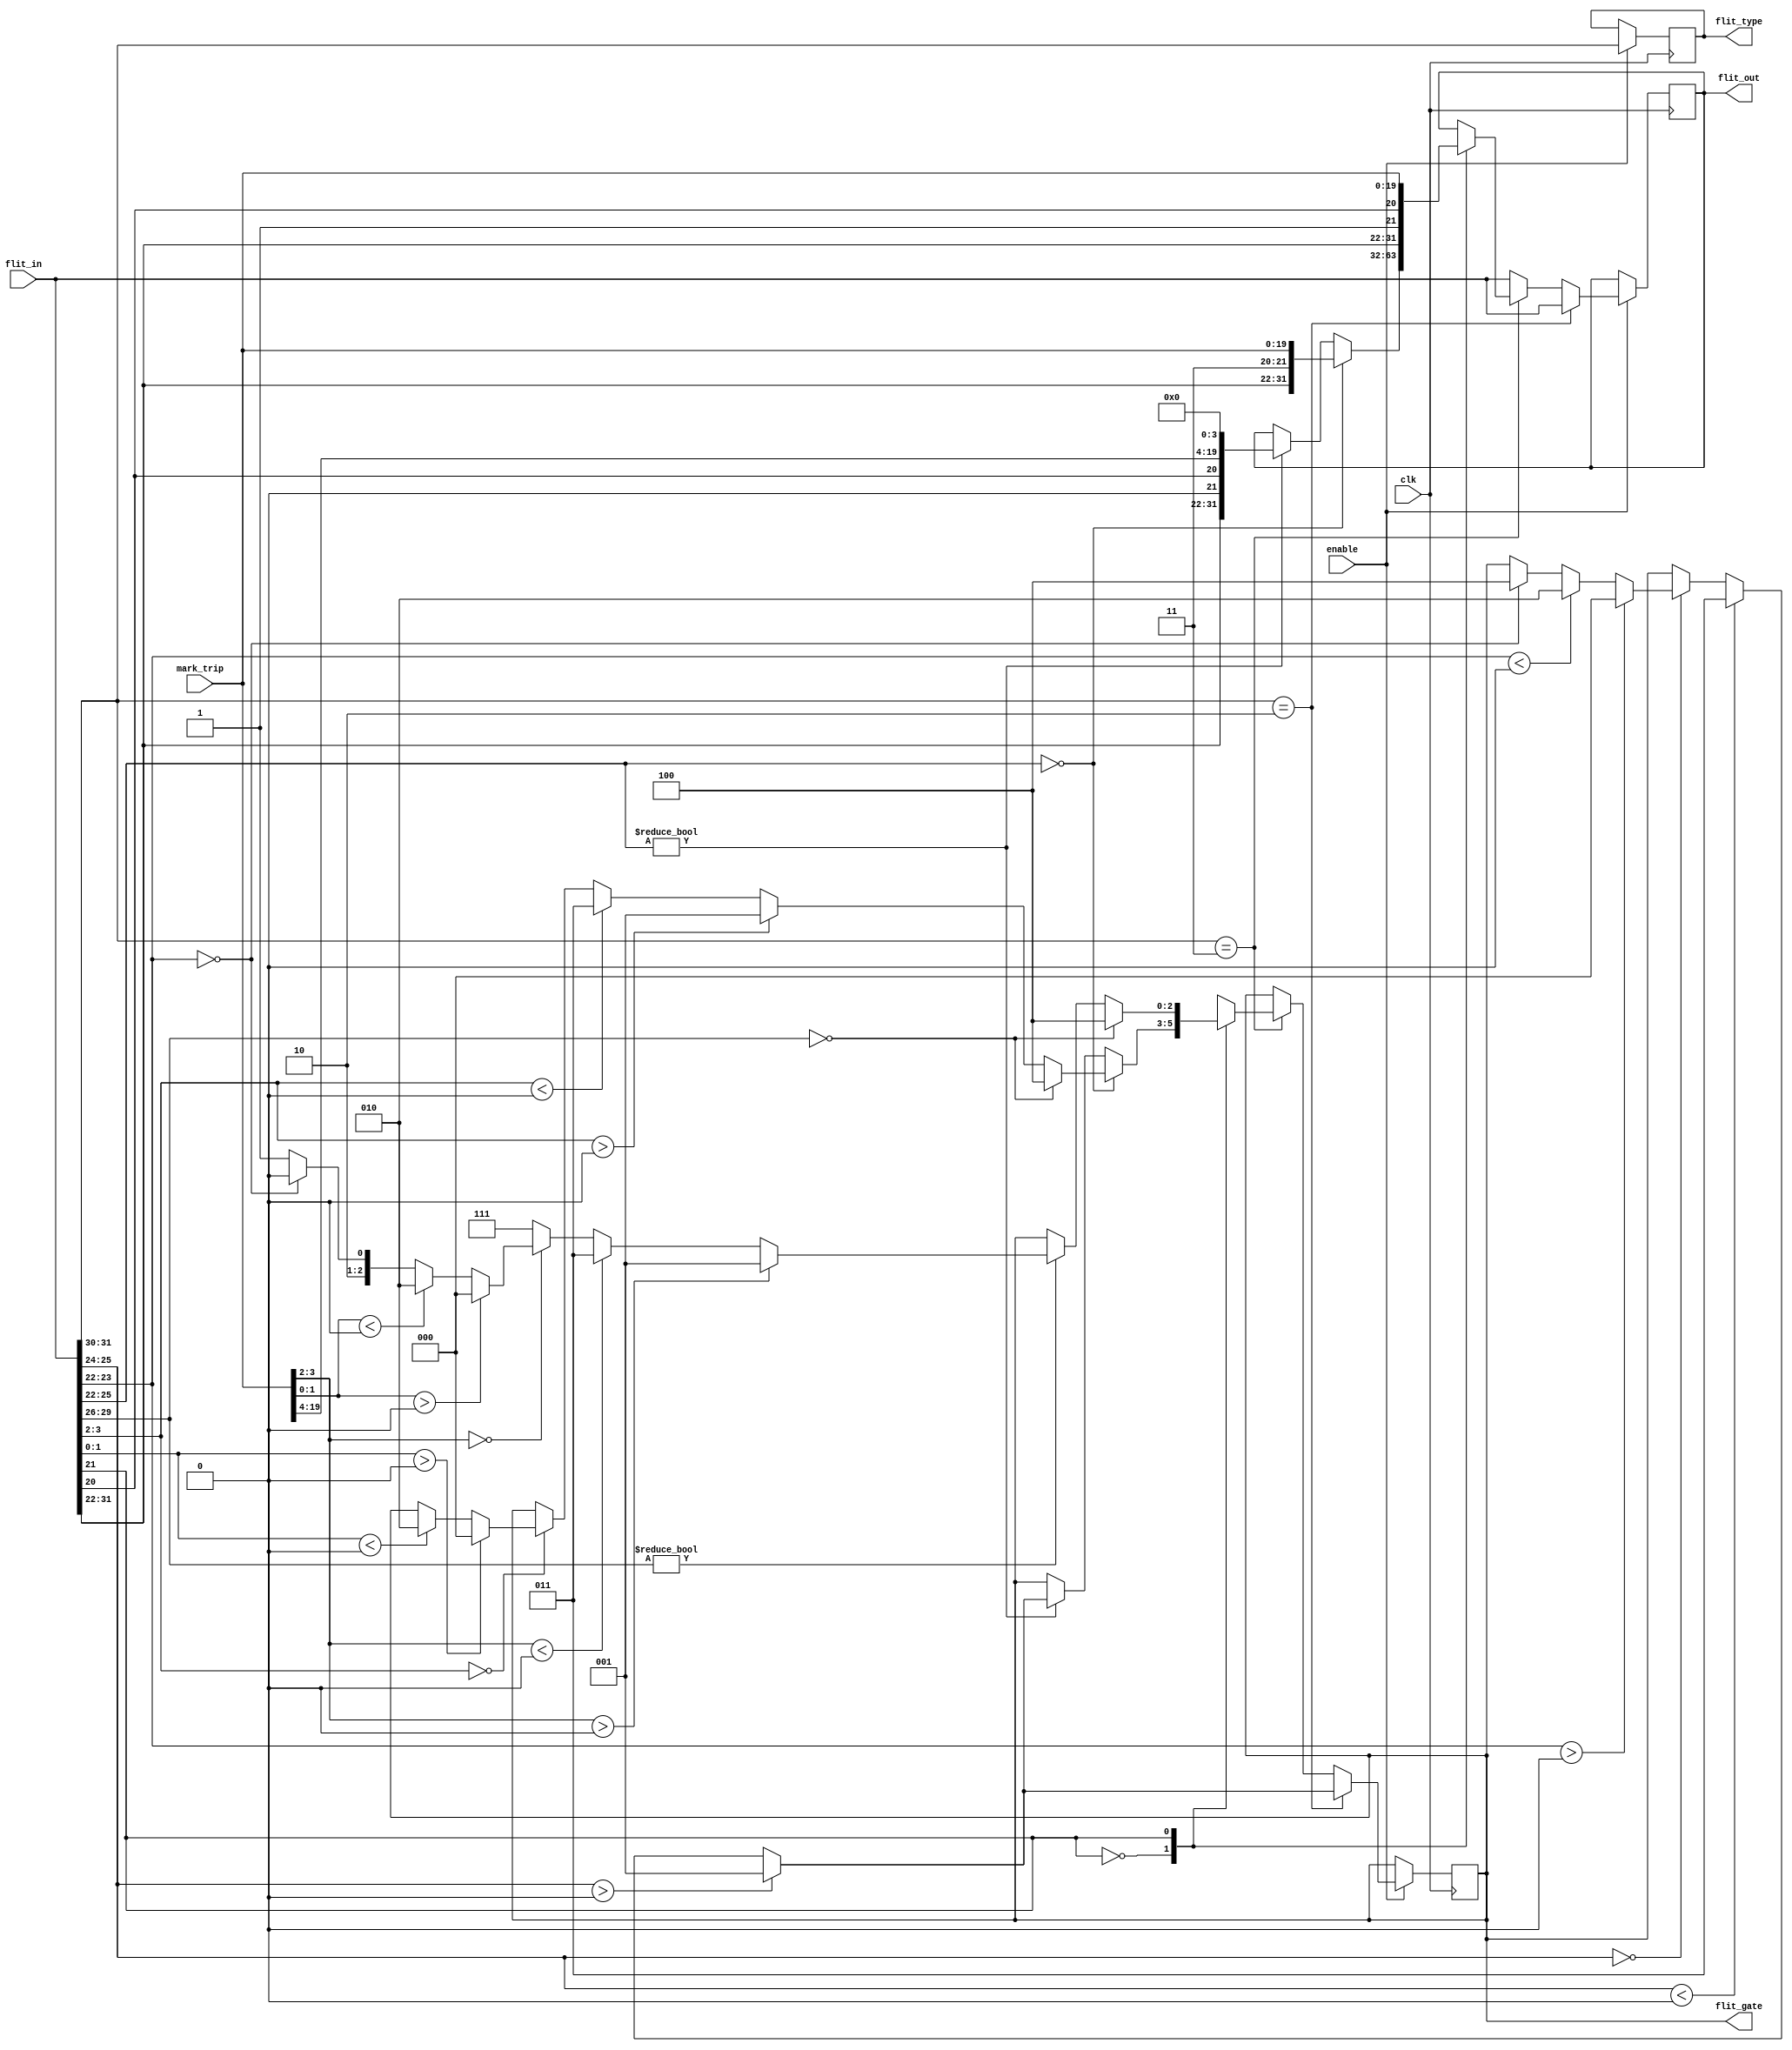

module Route #(parameter addr=4'b0000) (clk, enable, flit_in, mark_trip, flit_out, flit_gate,flit_type );

input clk;
input enable;
input [31:0]flit_in;
input [19:0] mark_trip;
output reg[31:0] flit_out;
output reg [2:0] flit_gate;
output reg [1:0] flit_type;
reg [1:0]  Cx, Cy;
always @(posedge clk) begin
    if(enable) begin
     Cx=addr[3:2];
     Cy=addr[1:0];
     //
     flit_type <= flit_in[31:30];
     if(flit_in[31:30] == 2'b10) begin        //FLIT HEADER
            flit_out = flit_in;
            if (flit_in[25:24] > Cx)  // EAST
                flit_gate <= 3'b001;
            else if (flit_in[25:24] < Cx) // WEST
                flit_gate <= 3'b011;
            else if (flit_in[25:24]==Cx)begin
                if( flit_in[23:22]> Cy)     // NORTH
                    flit_gate <= 3'b000;
                else if (flit_in[23:22] < Cy) //SOUTH
                    flit_gate <= 3'b010;
                else if (flit_in[23:22]== Cy)  //PE
                    flit_gate <= 3'b100;               
            end
     end
     else if (flit_in[31:30] == 2'b11) begin     //FLIT HANDSHAKE
            //
            //type of handshake
           case(flit_in[21])
            1'b0: begin
    
                if(flit_in[25:22]==addr) begin        
                   flit_out <= {flit_in[31:22],1'b1,1'b1, mark_trip};
                   if(flit_in[29:26]== addr)
                        flit_gate <= 3'b100;
                   else begin
                       if (flit_in[3:2] > Cx) // EAST  
                            flit_gate <= 3'b001;  
                       else if (flit_in[3:2]< Cx) // WEST
                            flit_gate <= 3'b011;
                       else if (flit_in[3:2]==Cx)begin
                            if( flit_in[1:0]> Cy)     // NORTH
                                flit_gate <= 3'b000;
                            else if (flit_in[1:0]< Cy) //SOUTH
                                flit_gate <= 3'b010;                                           
                       end 
                    end
                   end     
                    //not dest
                else if(flit_in[25:22]!=addr)begin
                    flit_out <= {flit_in[31:20], mark_trip[19:4], addr};
                    if (flit_in[25:24] > Cx) // EAST  
                        flit_gate <= 3'b001;  
                    else if (flit_in[25:24] < Cx) // WEST
                        flit_gate <= 3'b011;
                    else if (flit_in[25:24]==Cx)begin
                        if( flit_in[23:22]> Cy)     // NORTH
                            flit_gate <= 3'b000;
                        else if (flit_in[23:22] < Cy) //SOUTH
                            flit_gate <= 3'b010;      
                         else if (flit_in[23:22]== Cy)  //PE
                        flit_gate <= 3'b100;                    
                    end
                end
            end
            1'b1: begin
                //source     
                flit_out <= {flit_in[31:20], mark_trip};
                if(flit_in[29:26]==addr) begin        
                    flit_gate =3'b100;
                end
                //not source
                else if(flit_in[29:26]!=addr)begin
                    if (mark_trip[3:2] > Cx) // EAST  
                        flit_gate <= 3'b001;  
                    else if (mark_trip[3:2]< Cx) // WEST
                        flit_gate <= 3'b011;
                    else if (mark_trip[3:2]==Cx)begin
                        if( mark_trip[1:0]> Cy)     // NORTH
                            flit_gate <= 3'b000;
                        else if (mark_trip[1:0]< Cy) //SOUTH
                            flit_gate <= 3'b010; 
                        else if (flit_in[23:22]== Cy)  //PE
                            flit_gate <= 3'b100;    
                        else 
                            flit_gate <= 3'b101;                            
                    end 
                    else
                    flit_gate <= 3'b111; 
                end
//                else 
//                     
                
            end
            endcase
     end
    else 
        flit_out <= flit_in;
//        flit_gate <= flit_gate;
    end
end
endmodule